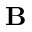
{ \bf B }